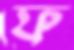
ফ